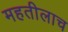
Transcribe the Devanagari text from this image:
महतीलाच